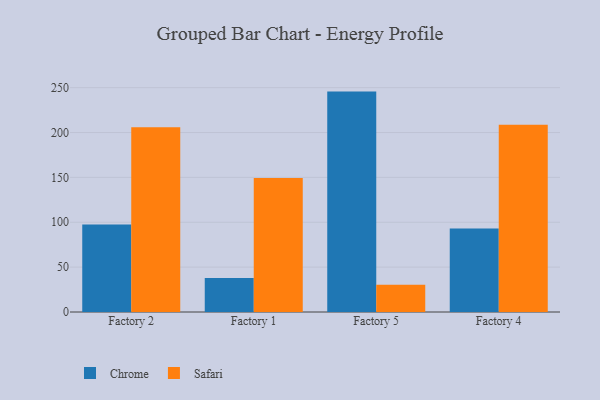
{"axis": {"x": "Factory", "y": "LTV (USD)"}, "legend": ["Chrome", "Safari"], "data": [{"x": "Factory 2", "y": 97.6, "type": "Chrome"}, {"x": "Factory 2", "y": 205.8, "type": "Safari"}, {"x": "Factory 1", "y": 37.8, "type": "Chrome"}, {"x": "Factory 1", "y": 149.4, "type": "Safari"}, {"x": "Factory 5", "y": 245.6, "type": "Chrome"}, {"x": "Factory 5", "y": 30.5, "type": "Safari"}, {"x": "Factory 4", "y": 93.0, "type": "Chrome"}, {"x": "Factory 4", "y": 208.6, "type": "Safari"}]}